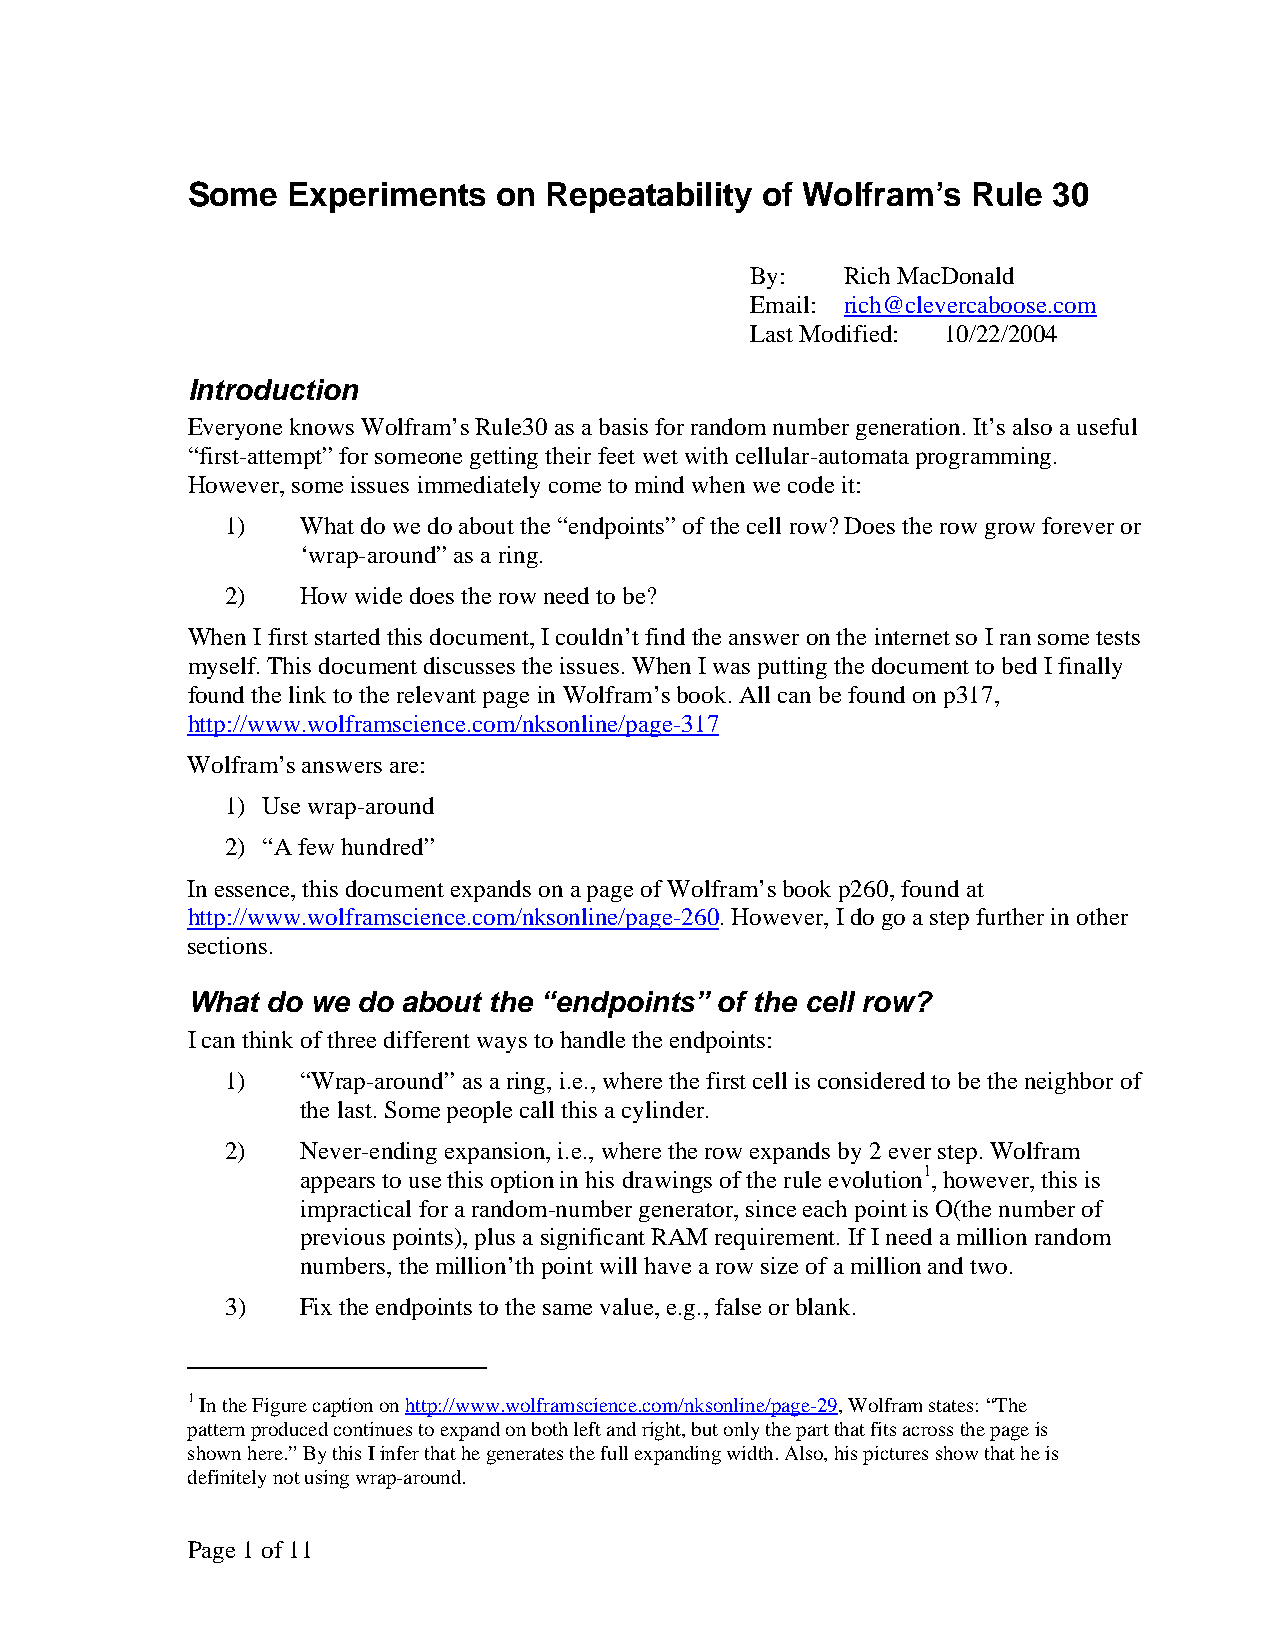
Some   Experiments   on Repeatability of Wolfram’s  Rule  30
 By:   Rich MacDonald
 Email: rich@clevercaboose.com
 Last Modified: 10/22/2004
 Introduction
 Everyone knows Wolfram’s Rule30 as a basis for random number generation. It’s also a useful
 “first-attempt” for someone getting their feet wet with cellular-automata programming.
 However, some issues immediately come to mind when we code it:
 1)   What do we do about the “endpoints” of the cell row? Does the row grow forever or
 ‘wrap-around” as a ring.
 2)   How wide does the row need to be?
 When I first started this document, I couldn’t find the answer on the internet so I ran some tests
 myself. This document discusses the issues. When I was putting the document to bed I finally
 found the link to the relevant page in Wolfram’s book. All can be found on p317,
 http://www.wolframscience.com/nksonline/page-317
 Wolfram’s answers are:
 1) Use wrap-around
 2) “A few hundred”
 In essence, this document expands on a page of Wolfram’s book p260, found at
 http://www.wolframscience.com/nksonline/page-260. However, I do go a step further in other
 sections.
 What  do we do about the “endpoints” of the cell row?
 I can think of three different ways to handle the endpoints:
 1)   “Wrap-around” as a ring, i.e., where the first cell is considered to be the neighbor of
 the last. Some people call this a cylinder.
 2)   Never-ending expansion, i.e., where the row expands by 2 ever step. Wolfram
 appears to use this option in his drawings of the rule evolution1, however, this is
 impractical for a random-number generator, since each point is O(the number of
 previous points), plus a significant RAM requirement. If I need a million random
 numbers, the million’th point will have a row size of a million and two.
 3)   Fix the endpoints to the same value, e.g., false or blank.
 1 In the Figure caption on http://www.wolframscience.com/nksonline/page-29, Wolfram states: “The
 pattern produced continues to expand on both left and right, but only the part that fits across the page is
 shown here.” By this I infer that he generates the full expanding width. Also, his pictures show that he is
 definitely not using wrap-around.
 Page 1 of 11